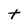
Character: t